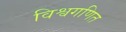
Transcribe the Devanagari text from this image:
विश्वगणित